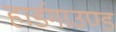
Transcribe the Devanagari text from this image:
हार्डगाउण्ड